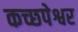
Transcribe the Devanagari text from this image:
कच्छपेश्वर